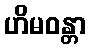
ဟိမဝန္တာ